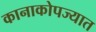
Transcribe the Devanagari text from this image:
कानाकोपज्यात